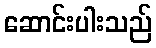
ဆောင်းပါးသည်